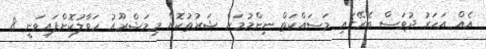
އެއް އަހަރު ދުވަސް ތެރޭގައި މަސައްކަތް ނިންމުމަށް ޝަރުތުކޮށް މިމަޝްރޫއު ހަވާލުކޮށްފައިވަނީ 8